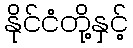
နိုင်ငံတို့နှင့်